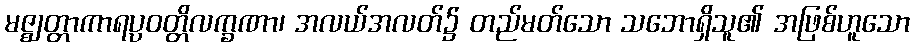
မဇ္ဈတ္တာကာရပ္ပဝတ္တိလက္ခဏာ၊ အလယ်အလတ်၌ တည်မတ်သော သဘောရှိသူ၏ အဖြစ်ဟူသော